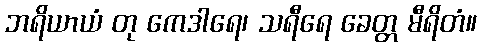
ဘရိယာယံ တု ကေဒါရေ၊ သရီရေ ခေတ္တ မီရိတံ။